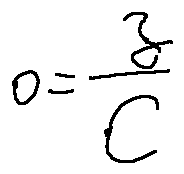
o = \frac { z } { C }